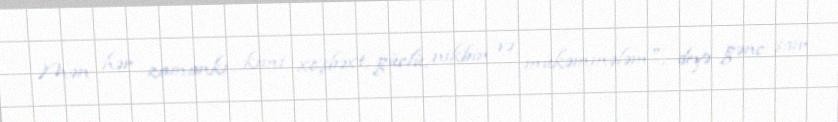
Mən hər zamankı kimi xoşbəxt, güclü, nikbin və mükəmmələm", deyə gənc şair